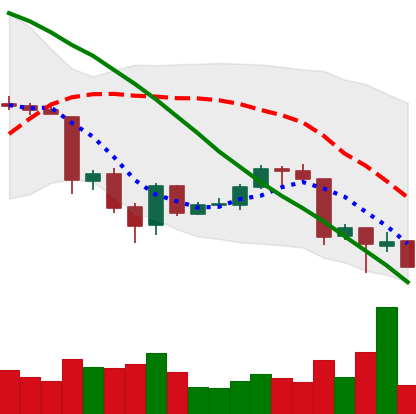
Ticker: ETH-USD
Chart end date: 2018-06-26
Forward return: 4.886%
Label: up_3_5